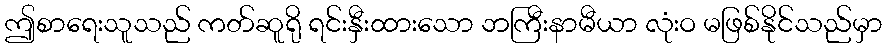
ဤစာရေးသူသည် ကတ်ဆူရို ရင်းနှီးထားသော ဘကြီးနာမီယာ လုံးဝ မဖြစ်နိုင်သည်မှာ